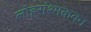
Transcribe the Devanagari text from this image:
लोहसंश्मकवन